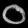
Digit: ၀